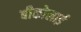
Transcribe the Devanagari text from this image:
बीकोलाई